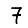
Digit: 7